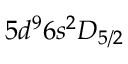
5 d ^ { 9 } 6 s ^ { 2 } D _ { 5 / 2 }